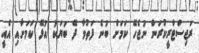
ރަޖިސްޓްރީކުރަން ނުޖެހޭ ކަމަށް ބުނެ ފަތުވާ ދޭ ބަޔަކު އުޅޭ ކަމަށާއި އެއީ